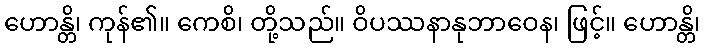
ဟောန္တိ၊ ကုန်၏။ ကေစိ၊ တို့သည်။ ဝိပဿနာနုဘာဝေန၊ ဖြင့်။ ဟောန္တိ၊